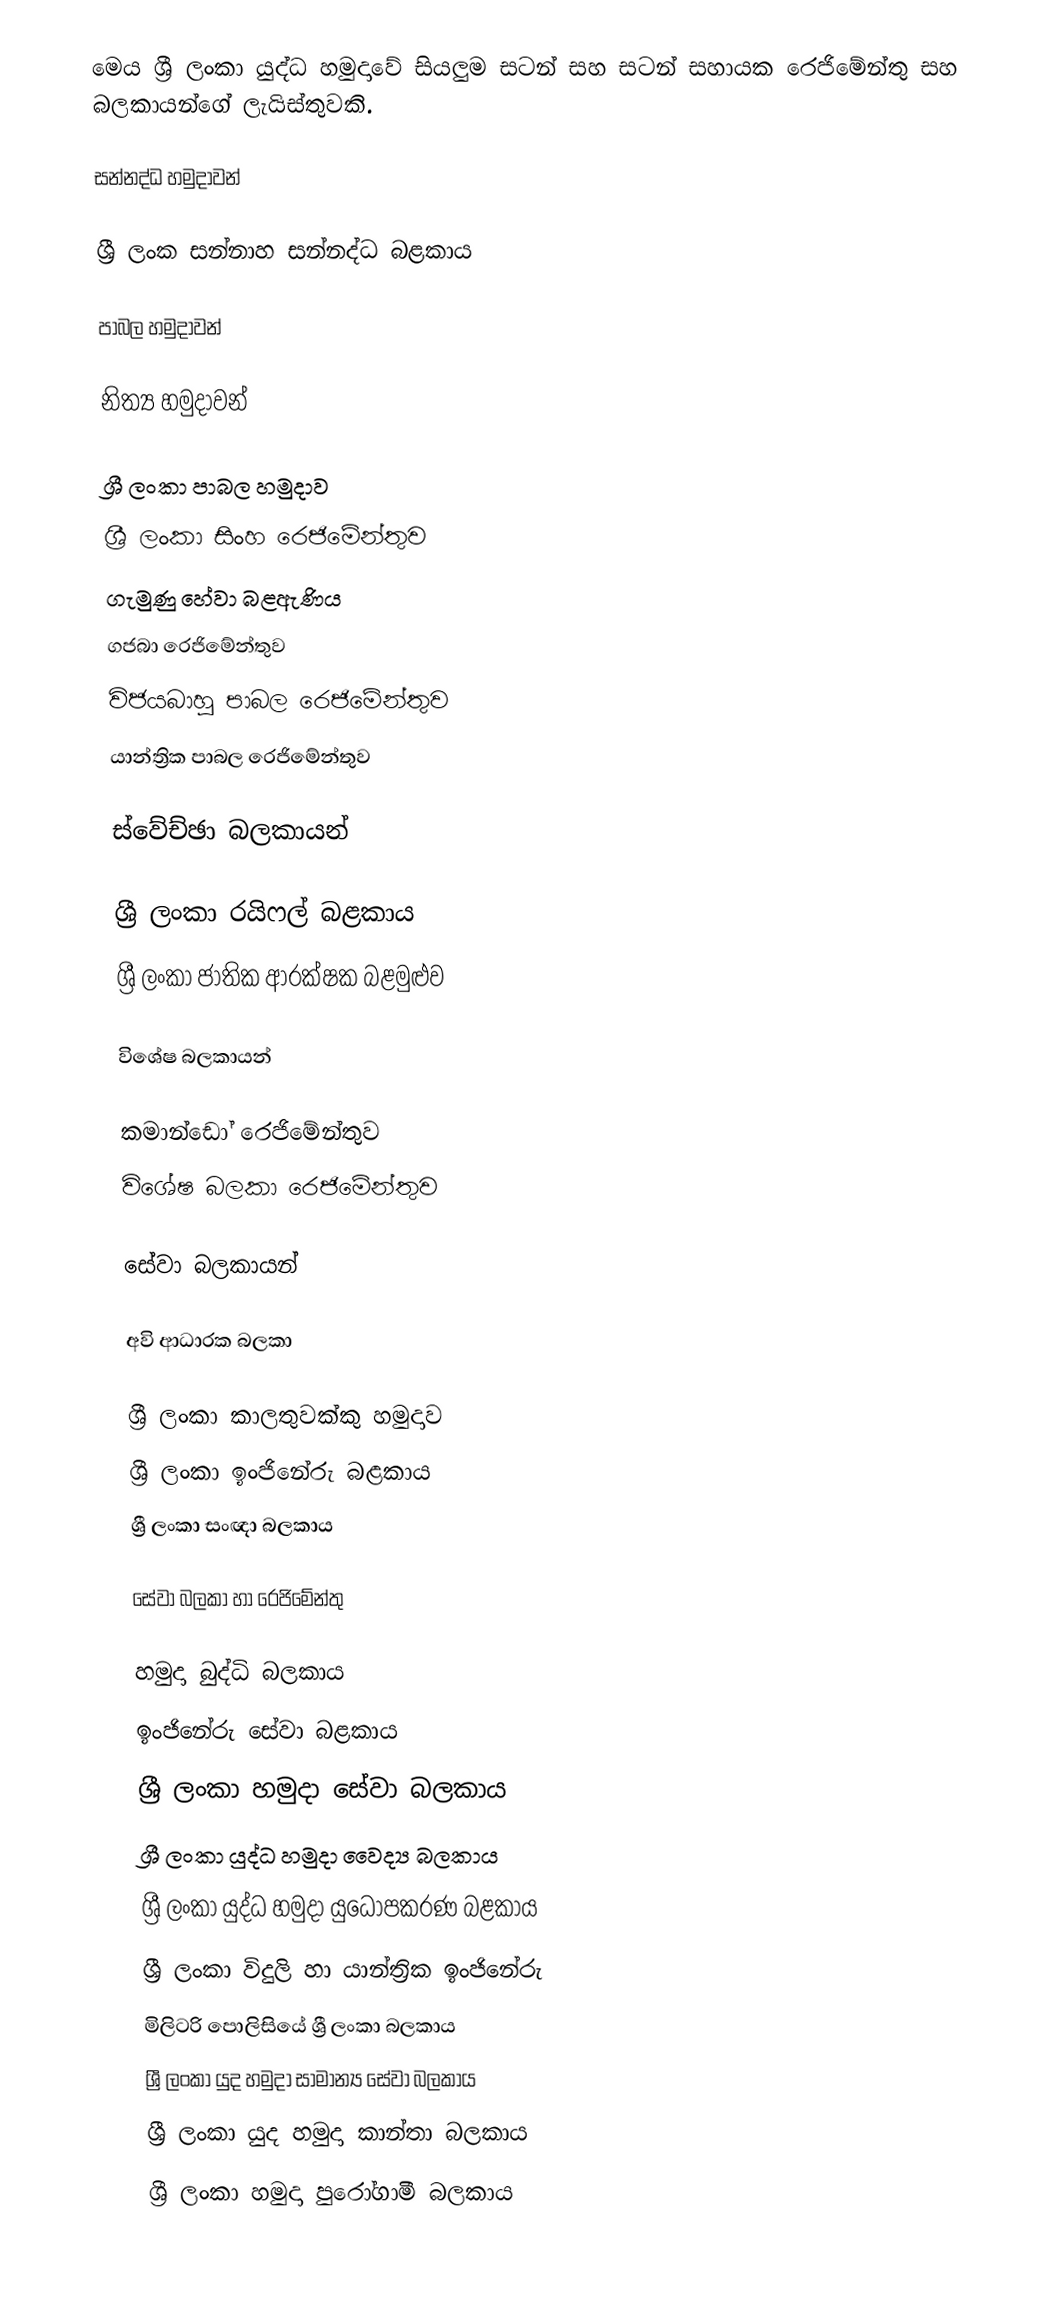
මෙය ශ්‍රී ලංකා යුද්ධ හමුදාවේ සියලුම සටන් සහ සටන් සහායක රෙජිමේන්තු සහ බලකායන්ගේ ලැයිස්තුවකි.

සන්නද්ධ හමුදාවන්

 ශ්‍රී ලංක සන්නාහ සන්නද්ධ බළකාය

පාබල හමුදාවන්

නිත්‍ය හමුදාවන්

 ශ්‍රී ලංකා පාබල හමුදාව
 ශ්‍රී ලංකා සිංහ රෙජිමේන්තුව
 ගැමුණු හේවා බළඇණිය
 ගජබා රෙජිමේන්තුව
 විජයබාහු පාබල රෙජිමේන්තුව
 යාන්ත්‍රික පාබල රෙජිමේන්තුව

ස්වේච්ඡා බලකායන්

 ශ්‍රී ලංකා රයිෆල් බළකාය
 ශ්‍රී ලංකා ජාතික ආරක්ෂක බළමුළුව

විශේෂ බලකායන්

 කමාන්ඩෝ රෙජිමේන්තුව
 විශේෂ බලකා රෙජිමේන්තුව

සේවා බලකායන්

අවි ආධාරක බලකා

 ශ්‍රී ලංකා කාලතුවක්කු හමුදාව
 ශ්‍රී ලංකා ඉංජිනේරු බළකාය
 ශ්‍රී ලංකා සංඥා බලකාය

සේවා බලකා හා රෙජිමේන්තු

 හමුදා බුද්ධි බලකාය
 ඉංජිනේරු සේවා බළකාය
 ශ්‍රී ලංකා හමුදා සේවා බලකාය
 ශ්‍රී ලංකා යුද්ධ හමුදා වෛද්‍ය බලකාය
 ශ්‍රී ලංකා යුද්ධ හමුදා යුධොපකරණ බළකාය
 ශ්‍රී ලංකා විදුලි හා යාන්ත්‍රික ඉංජිනේරු
 මිලිටරි පොලිසියේ ශ්‍රී ලංකා බලකාය
 ශ්‍රී ලංකා යුද හමුදා සාමාන්‍ය සේවා බලකාය
 ශ්‍රී ලංකා යුද හමුදා කාන්තා බලකාය
 ශ්‍රී ලංකා හමුදා පුරෝගාමී බලකාය